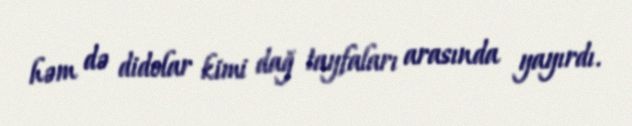
həm də didolar kimi dağ tayfaları arasında yayırdı.